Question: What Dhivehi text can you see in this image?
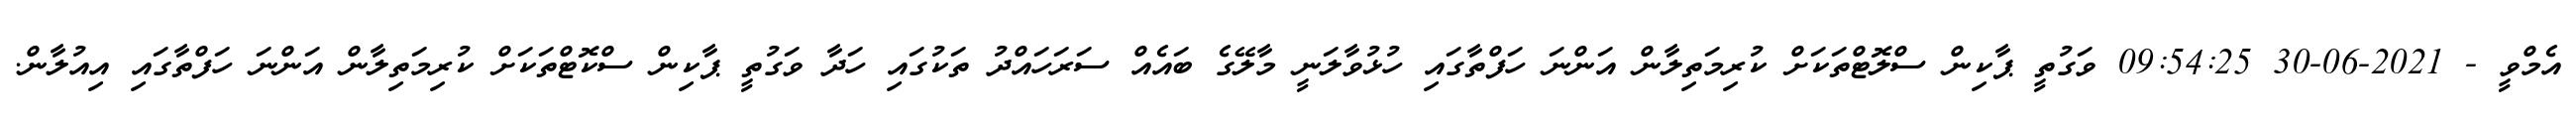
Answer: އެމްވީ - 2021-06-30 09:54:25 ވަގުތީ ޕާކިން ސްލޮޓްތަކަށް ކުރިމަތިލާން އަންނަ ހަފްތާގައި ހުޅުވާލަނީ މާލޭގެ ބައެއް ސަރަހައްދު ތަކުގައި ހަދާ ވަގުތީ ޕާކިން ސްކޮޓްތަކަށް ކުރިމަތިލާން އަންނަ ހަފްތާގައި އިއުލާން.